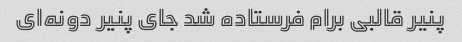
پنیر قالبی برام فرستاده شد جای پنیر دونه‌ای